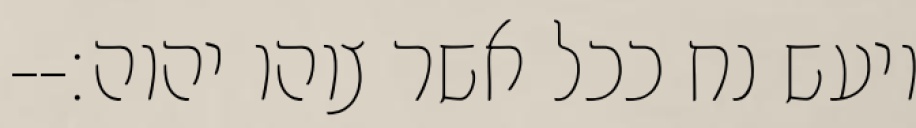
ויעש נח ככל אשר צוהו יהוה׃--